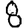
Digit: 8